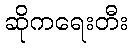
ဆိုကရေးတီး